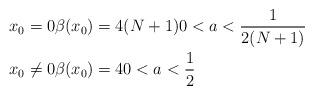
LaTeX: \begin{align*}& x_0 = 0 \beta (x_0) = 4(N+1) 0 < a < \frac{1}{2(N+1)}\\ & x_0 \ne 0 \beta (x_0) = 4 0 < a < \frac{1}{2}\end{align*}